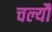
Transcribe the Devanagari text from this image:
चल्यौ